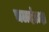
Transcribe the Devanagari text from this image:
चलदंडाक्ष